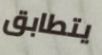
يتطابق